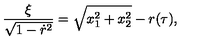
\frac { \xi } { \sqrt { 1 - \dot { r } ^ { 2 } } } = \sqrt { x _ { 1 } ^ { 2 } + x _ { 2 } ^ { 2 } } - r ( \tau ) ,